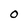
Character: 0